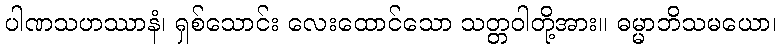
ပါဏသဟဿာနံ၊ ရှစ်သောင်း လေးထောင်သော သတ္တဝါတို့အား။ ဓမ္မာဘိသမယော၊